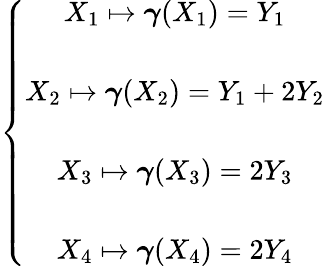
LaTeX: \left\{ \begin{array}{c}{X_{1}\mapsto\boldsymbol{\gamma}(X_{1})=Y_{1}}\\ {\quad}\\ {X_{2}\mapsto\boldsymbol{\gamma}(X_{2})=Y_{1}+2Y_{2}}\\ {\quad}\\ {X_{3}\mapsto\boldsymbol{\gamma}(X_{3})=2Y_{3}}\\ {\quad}\\ {X_{4}\mapsto\boldsymbol{\gamma}(X_{4})=2Y_{4}}\end{array}\right.